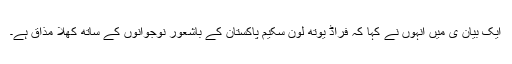
ایک بیان ی میں انہوں نے کہا کہ فراڈ یوتھ لون سکیم پاکستان کے باشعور نوجوانوں کے ساتھ کھلا مذاق ہے۔